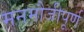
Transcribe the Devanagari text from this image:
मनमौजीपूर्ण